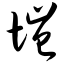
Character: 垲